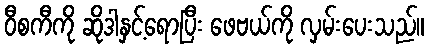
ဝီစကီကို ဆိုဒါနှင့်ရောပြီး ဖေဗယ်ကို လှမ်းပေးသည်။